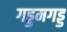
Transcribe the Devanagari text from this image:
गड्डमगड्ड